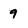
Character: 9